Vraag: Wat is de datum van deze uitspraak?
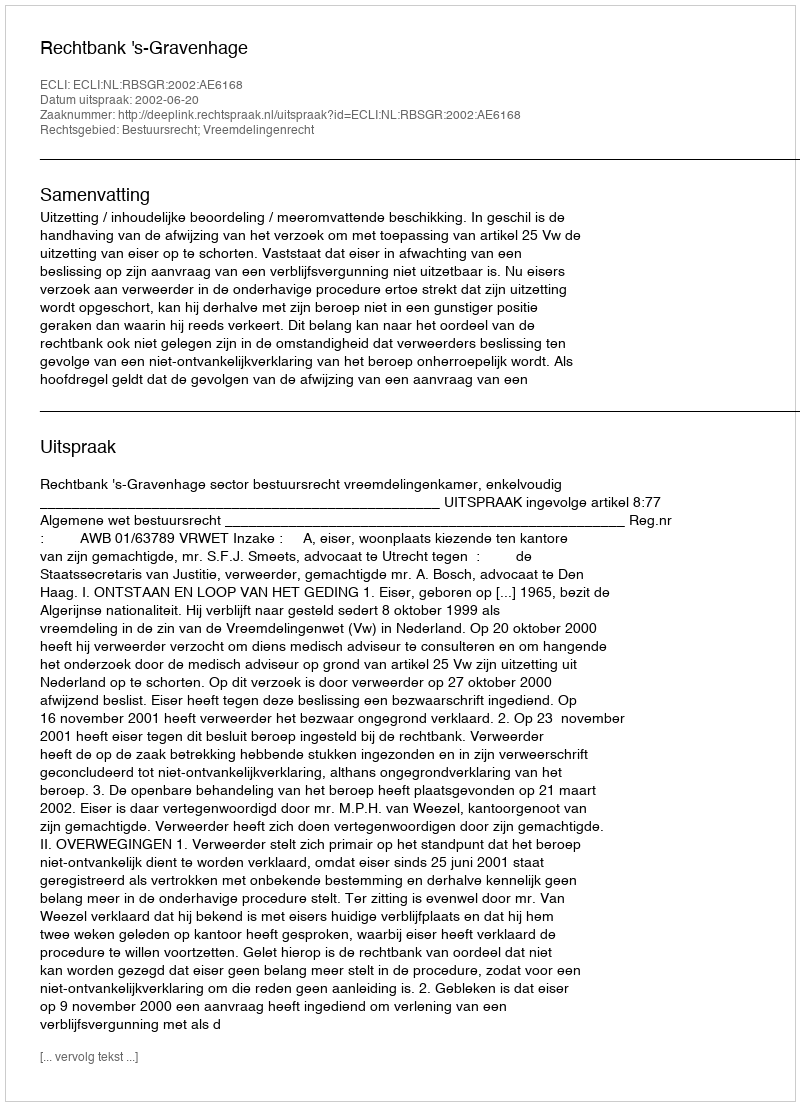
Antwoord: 2002-06-20